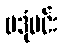
ဗဒုံမင်း